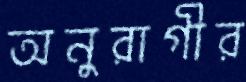
অনুরাগীর